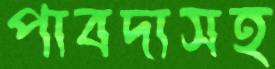
পাবদাসহ